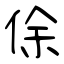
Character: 俆